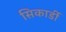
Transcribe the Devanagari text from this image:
सिकार्डी